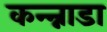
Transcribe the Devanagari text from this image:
कन्न्नाडा